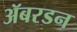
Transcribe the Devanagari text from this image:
ॲबरडन